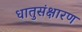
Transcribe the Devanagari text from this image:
धातुसंक्षारण